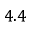
4 . 4